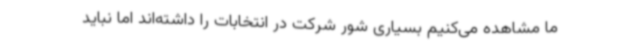
ما مشاهده می‌کنیم بسیاری شور شرکت در انتخابات را داشته‌اند اما نباید